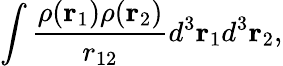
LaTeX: \int\frac{\rho(\mathbf{r}_{1})\rho(\mathbf{r}_{2})}{r_{12}}d^{3}\mathbf{r}_{1}d^{3}\mathbf{r}_{2},